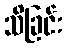
သိခြင်း